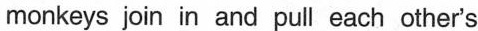
monkeys join in and pull each other's